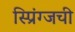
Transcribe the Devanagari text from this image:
स्प्रिंग्जची